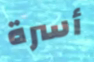
أسرة